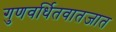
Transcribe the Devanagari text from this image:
गुणवर्धितवातजात